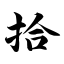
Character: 拾